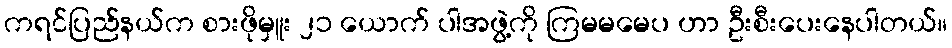
ကရင်ပြည်နယ်က စားဖိုမှူး ၂၁ ယောက် ပါအဖွဲ့ကို ကြမမမေပ ဟာ ဦးစီးပေးနေပါတယ်။